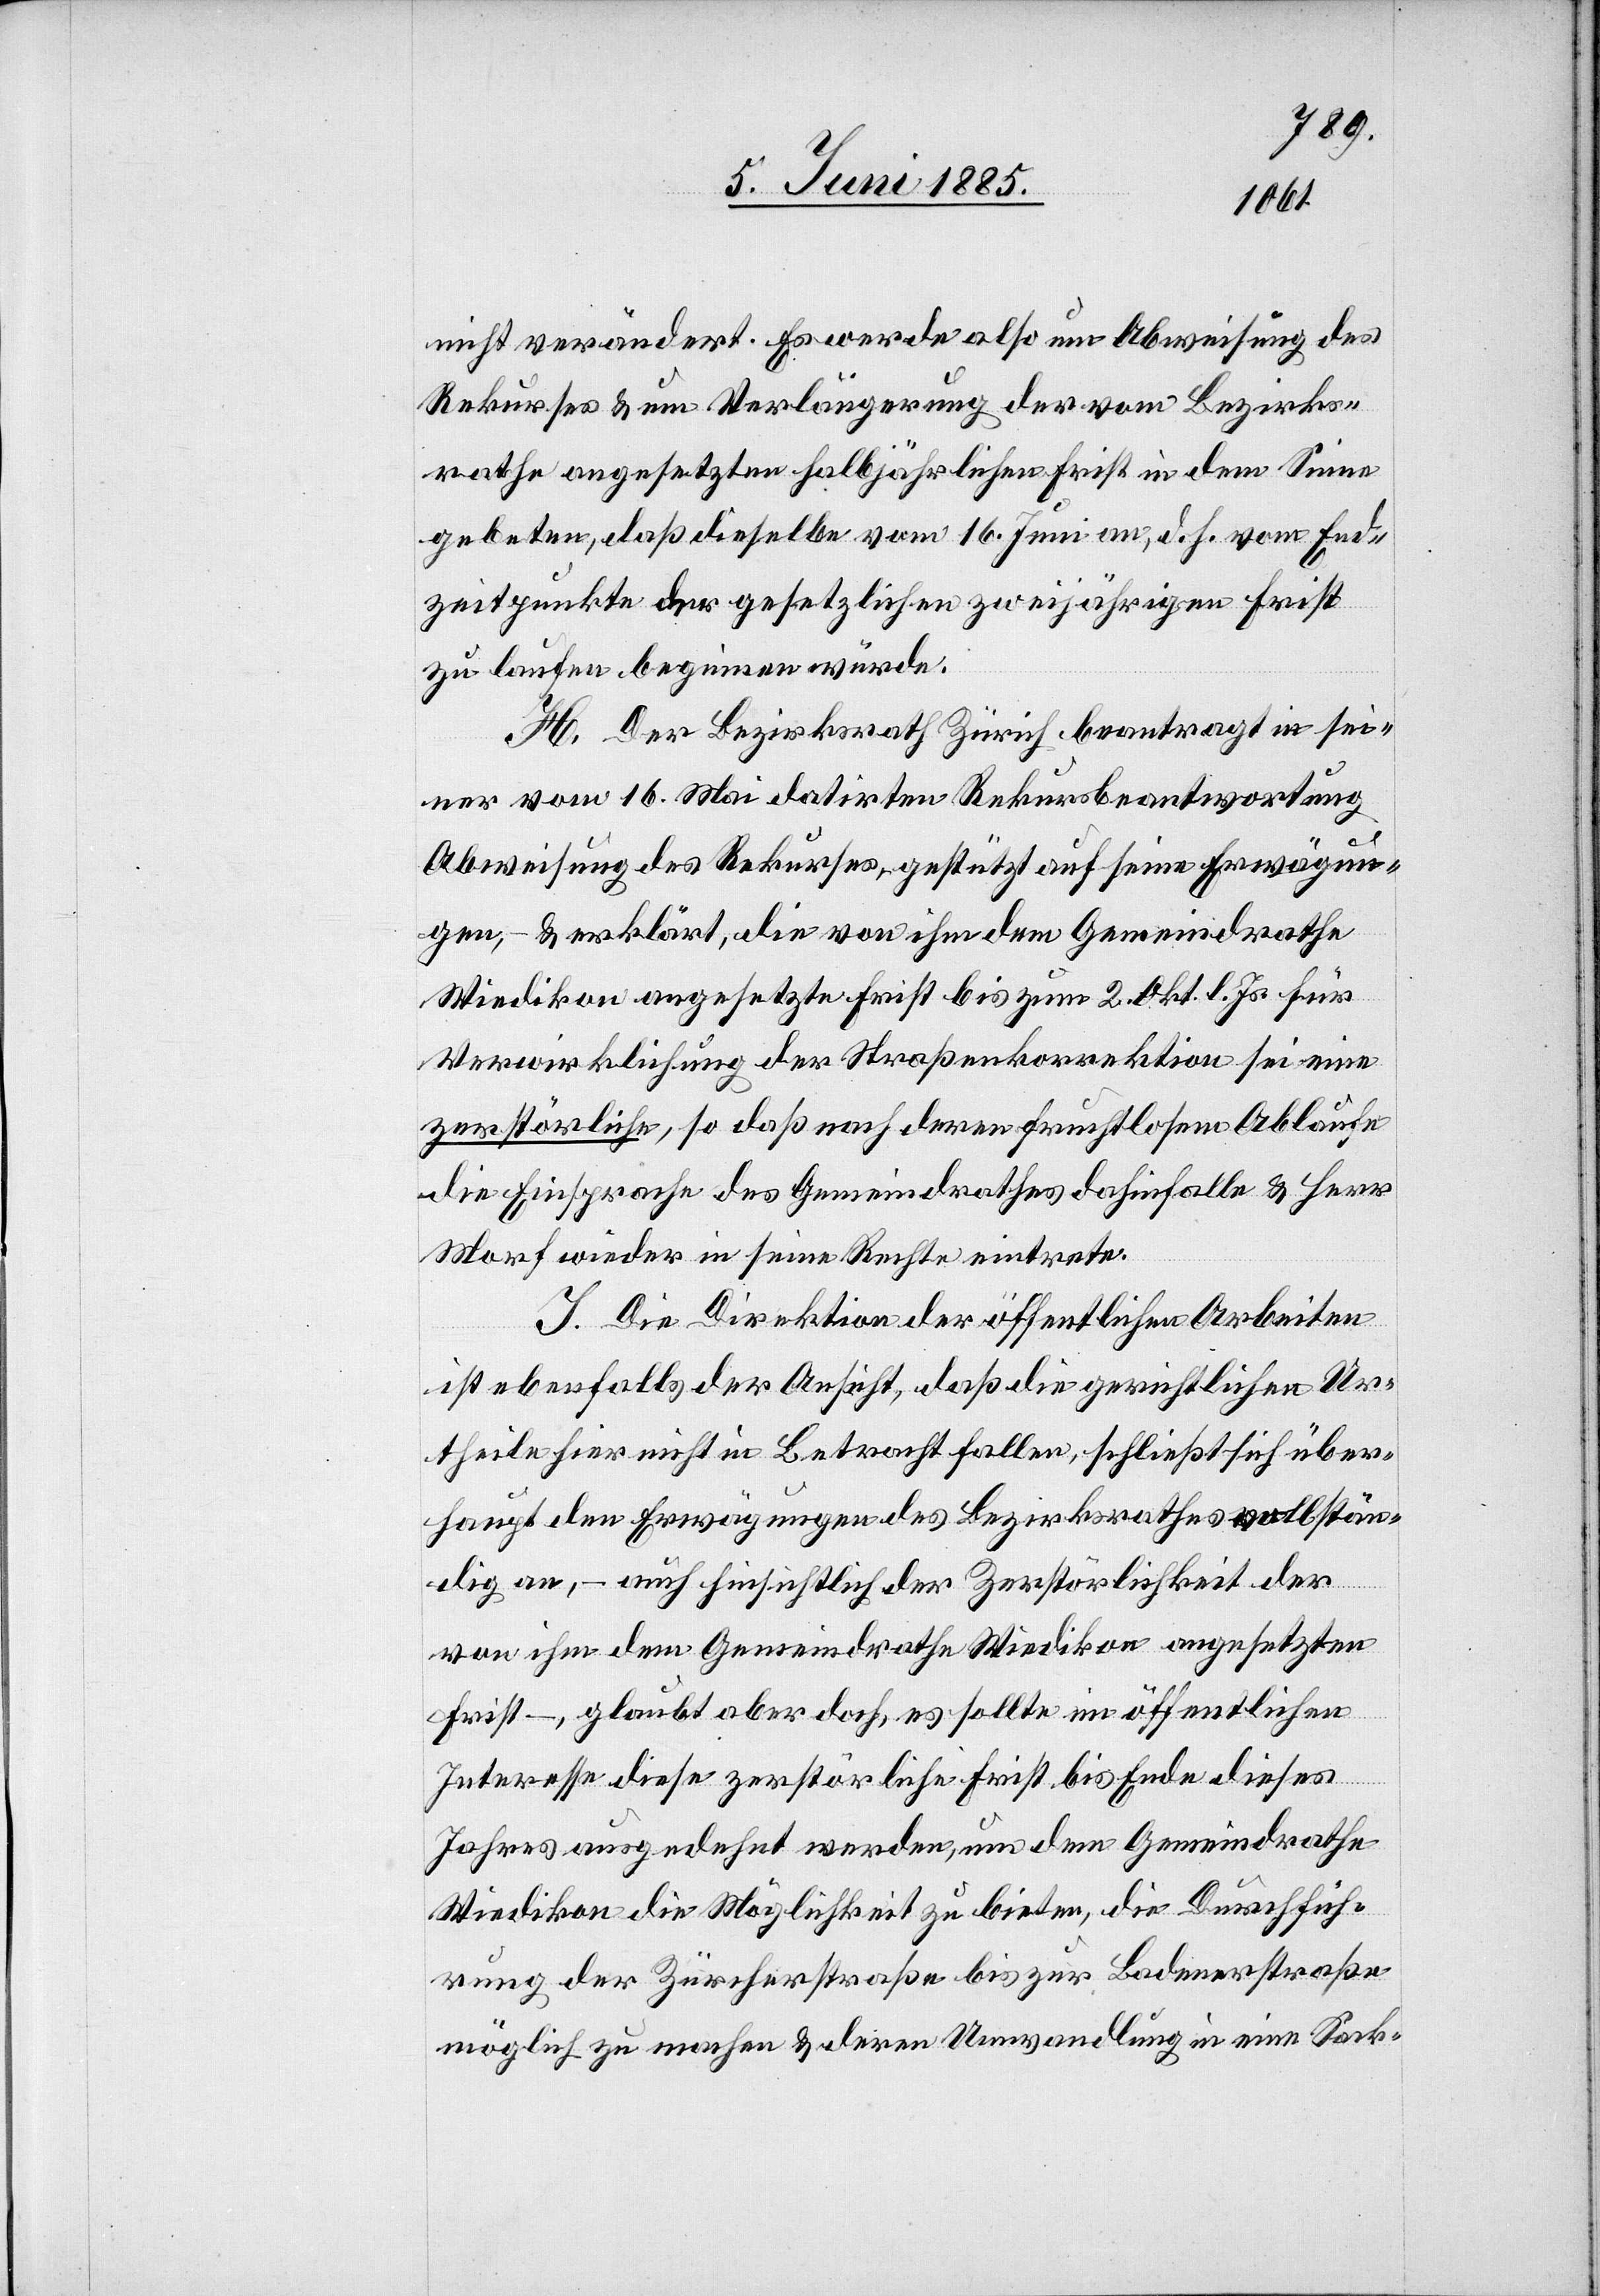
nicht verändert. Es werde also um Abweisung des
Rekurses & um Verlängerung der vom Bezirks¬
rathe angesetzten halbjährlichen Frist in dem Sinne
gebeten, das dieselbe vom 16. Juni an, d. h vom End¬
zeitpunkte der gesetzlichen zweijährigen Frist
zu laufen beginnen würde.
H. Der Bezirksrath Zürich beantragt in sei¬
ner vom 16. Mai datirten Rekursbeantwortung
Abweisung des Rekurses, gestützt auf seine Erwägun¬
gen, – & erklärt, die von ihm dem Gemeindrathe
Wiedikon angesetzte Frist bis zum 2. Okt. l. Js. für
Verwirklichung der Straßenkorrektion sei eine
zerstörliche, so daß nach deren fruchtlosem Ablaufe
die Einsprache des Gemeindrathes dahinfall & Herr
Morf wieder in seine Rechte eintrete.
J. Die Direktion der öffentlichen Arbeiten
ist ebenfalls der Ansicht, daß die gerichtlichen Ur¬
theile hier nicht in Betracht fallen, schließt sich über¬
haupt den Erwägungen des Bezirksrathes vollstän¬
dig an, – auch hinsichtlich der Zerstörlichkeit der
von ihm dem Gemeindrathe Wiedikon angesetzten
First –, glaubt aber doch, es sollte im öffentlichen
Interesse diese zerstörliche First bis Ende dieses
Jahres ausgedehnt werden, um dem Gemeindrathe
Wiedikon die Möglichkeit zu bieten, die Durchfüh¬
rung der Zürcherstraße bis zur Badenerstraße
möglich zu machen & deren Umwandlung in eine Sack-